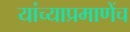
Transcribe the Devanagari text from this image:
यांच्याप्रमाणेंच